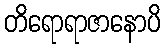
တိရောရာဇာနောပိ